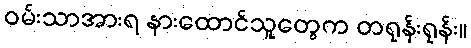
ဝမ်းသာအားရ နားထောင်သူတွေက တရုန်းရုန်း။